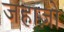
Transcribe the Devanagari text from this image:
जहाज़ो